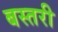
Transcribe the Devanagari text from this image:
बस्तरी